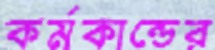
কর্মকান্ডের